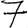
Digit: 7